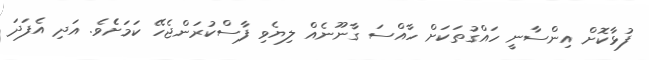
ފުޅާކޮށް އިންސާނީ ހައްގުތަކަށް ހާއްސަ ގާނޫނެއް ލިޔެވި ފާސްކުރަންޖެހޭ ކަމަށެެވެ. އަދި އެފަދަ